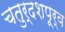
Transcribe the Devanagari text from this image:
चतुर्दशपूर्व